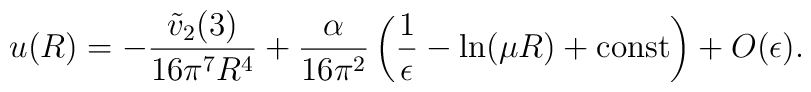
u(R)=-\frac{\tilde{v}_2(3)}{16\pi^7R^4}+\frac{\alpha}{16\pi^2}\left(\frac{1}{\epsilon}-\ln(\mu R)+{\rm const}\right)+O(\epsilon).